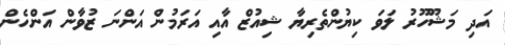
އަދި މަޝޫހޫރު ލަވަ ކިޔުންތެރިޔާ ޝިއުޒް އާއި އަރަމުން އަންނަ ޒުވާން އަންހެން